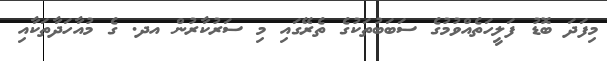
މިފަދަ ބޮޑު ފަލީހަތެއްވުމުގެ ސަބަބުތަކުގެ ތެރޭގައި މި ސަރުކާރުން އދ. ގެ މުއާހަދާތަކާއި